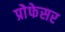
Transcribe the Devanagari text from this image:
प्रोेफेसर